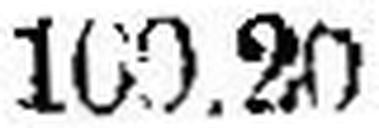
100.20